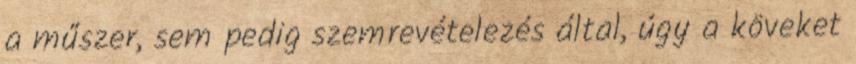
a műszer, sem pedig szemrevételezés által, úgy a köveket